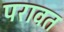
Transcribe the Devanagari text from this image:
परावत